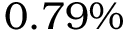
0 . 7 9 \%